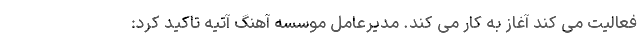
فعالیت می کند آغاز به کار می کند. مدیرعامل موسسه آهنگ آتیه تاکید کرد: